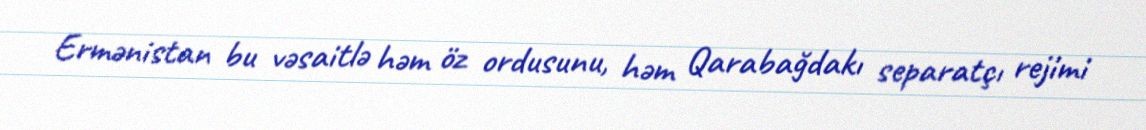
Ermənistan bu vəsaitlə həm öz ordusunu, həm Qarabağdakı separatçı rejimi